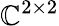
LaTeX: \mathbb{C}^{2\times 2}